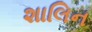
શાલિન